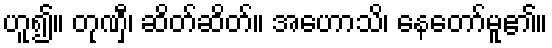
ဟူ၍။ တုဏှီ၊ ဆိတ်ဆိတ်။ အဟောသိ၊ နေတော်မူ၏။